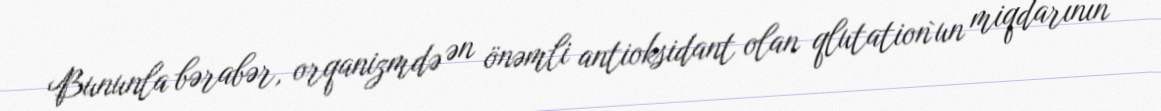
Bununla bərabər, orqanizmdə ən önəmli antioksidant olan qlutation`un miqdarının